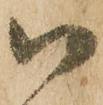
ハ